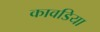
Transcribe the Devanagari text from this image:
कावडिया